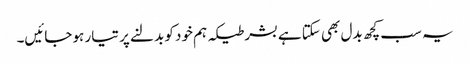
یہ سب کچھ بدل بھی سکتا ہے بشر طیکہ ہم خود کو بدلنے پر تیار ہو جائیں۔